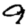
Digit: 9